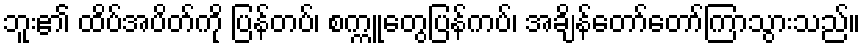
ဘူး၏ ထိပ်အပိတ်ကို ပြန်တပ်၊ စက္ကူတွေပြန်ကပ်၊ အချိန်တော်တော်ကြာသွားသည်။